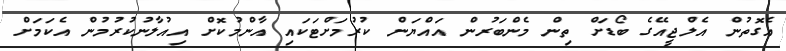
އެގޮތުން އެލްޖީއޭގެ ބޯޑަށް ތިން މެންބަރުން އައްޔަން ކުރުމަށްޓަކައި އާންމުކޮށް އިއުލާނުކުރުމުން އެކަމަށް